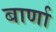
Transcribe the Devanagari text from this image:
बार्णा